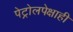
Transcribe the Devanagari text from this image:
पेट्रोलपेक्षाही